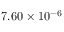
7 . 6 0 \times 1 0 ^ { - 6 }